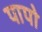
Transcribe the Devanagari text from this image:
पापो